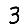
Digit: 3